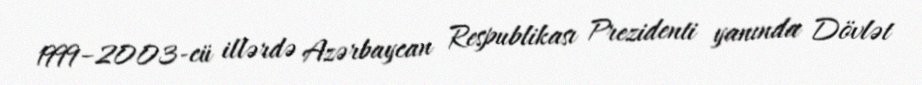
1999–2003-cü illərdə Azərbaycan Respublikası Prezidenti yanında Dövlət